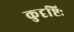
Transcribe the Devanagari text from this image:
कुदृष्टिः